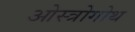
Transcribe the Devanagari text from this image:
ओस्त्रोगोथ